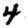
Digit: 4